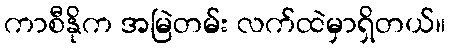
ကာစီနိုက အမြဲတမ်း လက်ထဲမှာရှိတယ်။